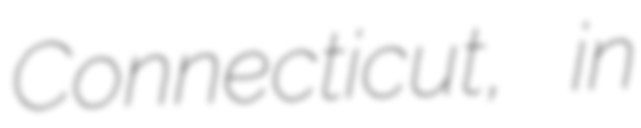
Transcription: Connecticut, in